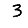
Digit: 3